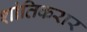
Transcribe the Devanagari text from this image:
शांतिकरार